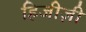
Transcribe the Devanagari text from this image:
हिजीज़ी